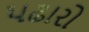
પઢારો